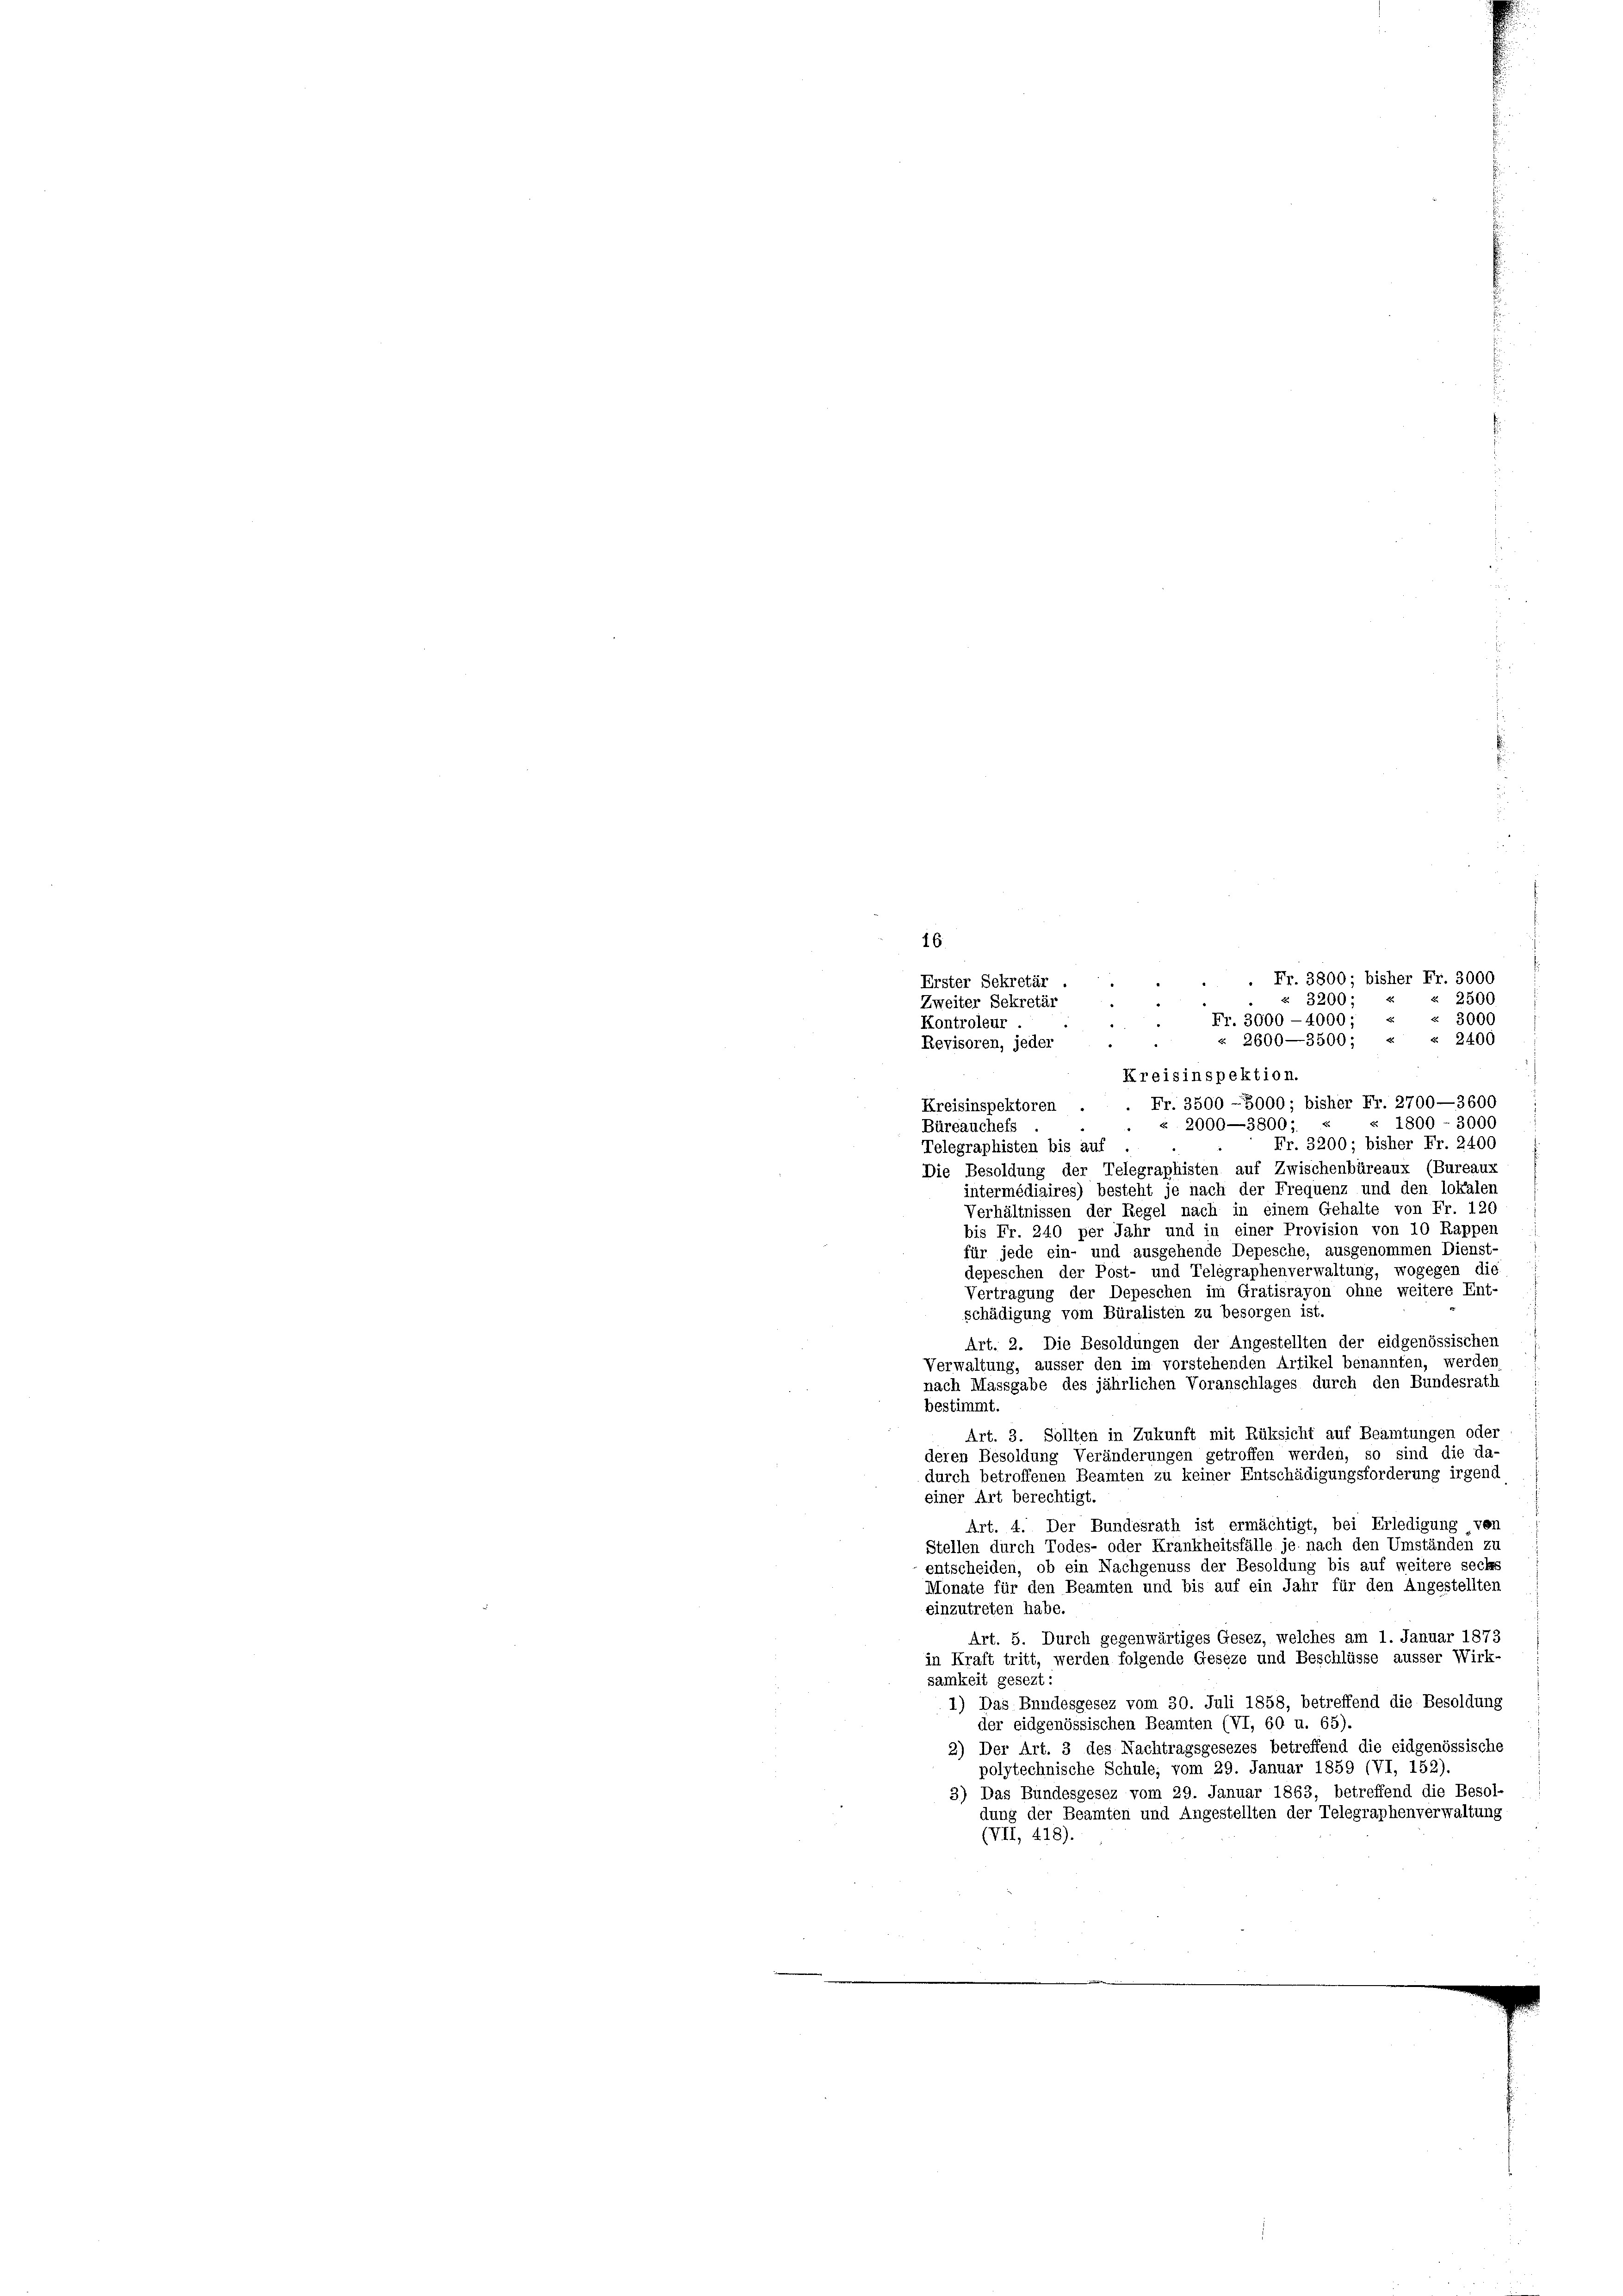
16
 . Fr. 3800; bisher Fr. 3000
Erster Sekretär
2500
§ 3200; «
Zweiter Sekretär
.
3000
Fr. 3000 - 4000;
Kontroleur
2600—3500; « « 2400
Revisoren, jeder
Kreisinspektion.
Fr. 3500 - 3000; bisher Fr. 2700—3600
Kreisinspektoren .
« 1800 - 3000
§ 2000—3800;
Büreauchefs
Fr. 3200; bisher Fr. 2400
Telegraphisten bis auf
Die Besoldung der Telegraphisten auf Zwischenbüreaux (Bureaux
intermédiaires) besteht je nach der Frequenz und den lokalen
Verhältnissen der Regel nach in einem Gehalte von Fr. 120
bis Fr. 240 per Jahr und in einer Provision von 10 Rappen
für jede ein- und ausgehende Depesche, ausgenommen Dienst-
depeschen der Post- und Telegraphenverwaltung, wogegen die
Vertragung der Depeschen im Gratisrayon ohne weitere Ent-
schädigung vom Büralisten zu besorgen ist.
Art. 2. Die Besoldungen der Angestellten der eidgenössischen
Verwaltung, äusser den im vorstehenden Artikel benannten, werden
nach Massgabe des jährlichen Voranschlages durch den Bundesrath
bestimmt.
Art. 3. Sollten in Zukunft mit Rüksicht auf Beamtungen oder
deren Besoldung Veränderungen getroffen werden, so sind die da-
durch betroffenen Beamten zu keiner Entschädigungsforderung irgend
einer Art berechtigt.
Art. 4. Der Bundesrath ist ermächtigt, bei Erledigung von
Stellen durch Todes- oder Krankheitsfälle je nach den Umständen zu
entscheiden, ob ein Nachgenuss der Besoldung bis auf weitere sech
Monate für den Beamten und bis auf ein Jahr für den Angestellten
einzutreten habe.
Art. 5. Durch gegenwärtiges Gesez, welches am 1. Januar 1873
in Kraft tritt, werden folgende Geseze und Beschlüsse äusser Wirk-
samkeit gesezt:
1) Das Bundesgesez vom 30. Juli 1858, betreffend die Besoldung
der eidgenössischen Beamten (VI, 60 u. 65).
2) Der Art. 3 des Nachtragsgesezes betreffend die eidgenössische
polytechnische Schule, vom 29. Januar 1859 (VI, 152).
3) Das Bundesgesez vom 29. Januar 1863, betreffend die Besol-
dung der Beamten und Angestellten der Telegraphenverwaltung
(VII, 418).